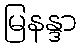
မြနန္ဒာ